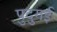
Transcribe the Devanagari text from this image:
पुदुगई